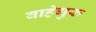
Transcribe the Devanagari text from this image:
वाहेगुरु